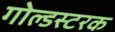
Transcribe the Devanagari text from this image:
गोल्डस्टरक